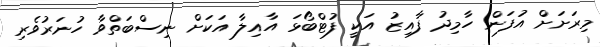
މިރަށަށް އުފަން ހާމިދު ފާއިޒު އަކީ ފުޓްބޯޅަ އާއިލާ އަކަށް ނިސްބަތްވާ ހުނަރުވެރި